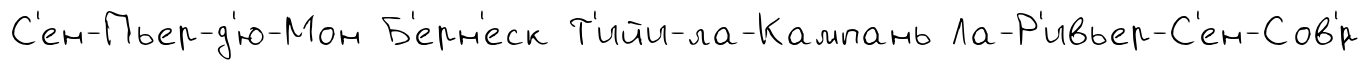
С'ен-Пьер-д'ю-Мон Б'ерн'еск Т'ийи-ла-Кампань Ла-Р'ивьер-С'ен-Сов'́р